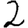
Digit: 2